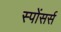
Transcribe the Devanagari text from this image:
स्पोंसर्स